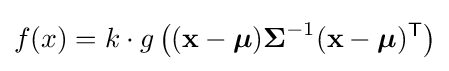
f(x)=k\cdot g\left((\mathbf {x} -{\boldsymbol {\mu }}){\boldsymbol {\Sigma }}^{-1}(\mathbf {x} -{\boldsymbol {\mu }})^{\mathsf {T}}\right)